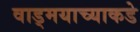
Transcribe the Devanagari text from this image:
वाड्मयाच्याकडे